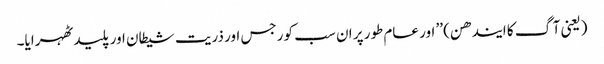
(یعنی آگ کا ایندھن) ’’ اور عام طور پر ان سب کو رجس اور ذریت شیطان اور پلید ٹھہرایا۔